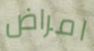
امراض